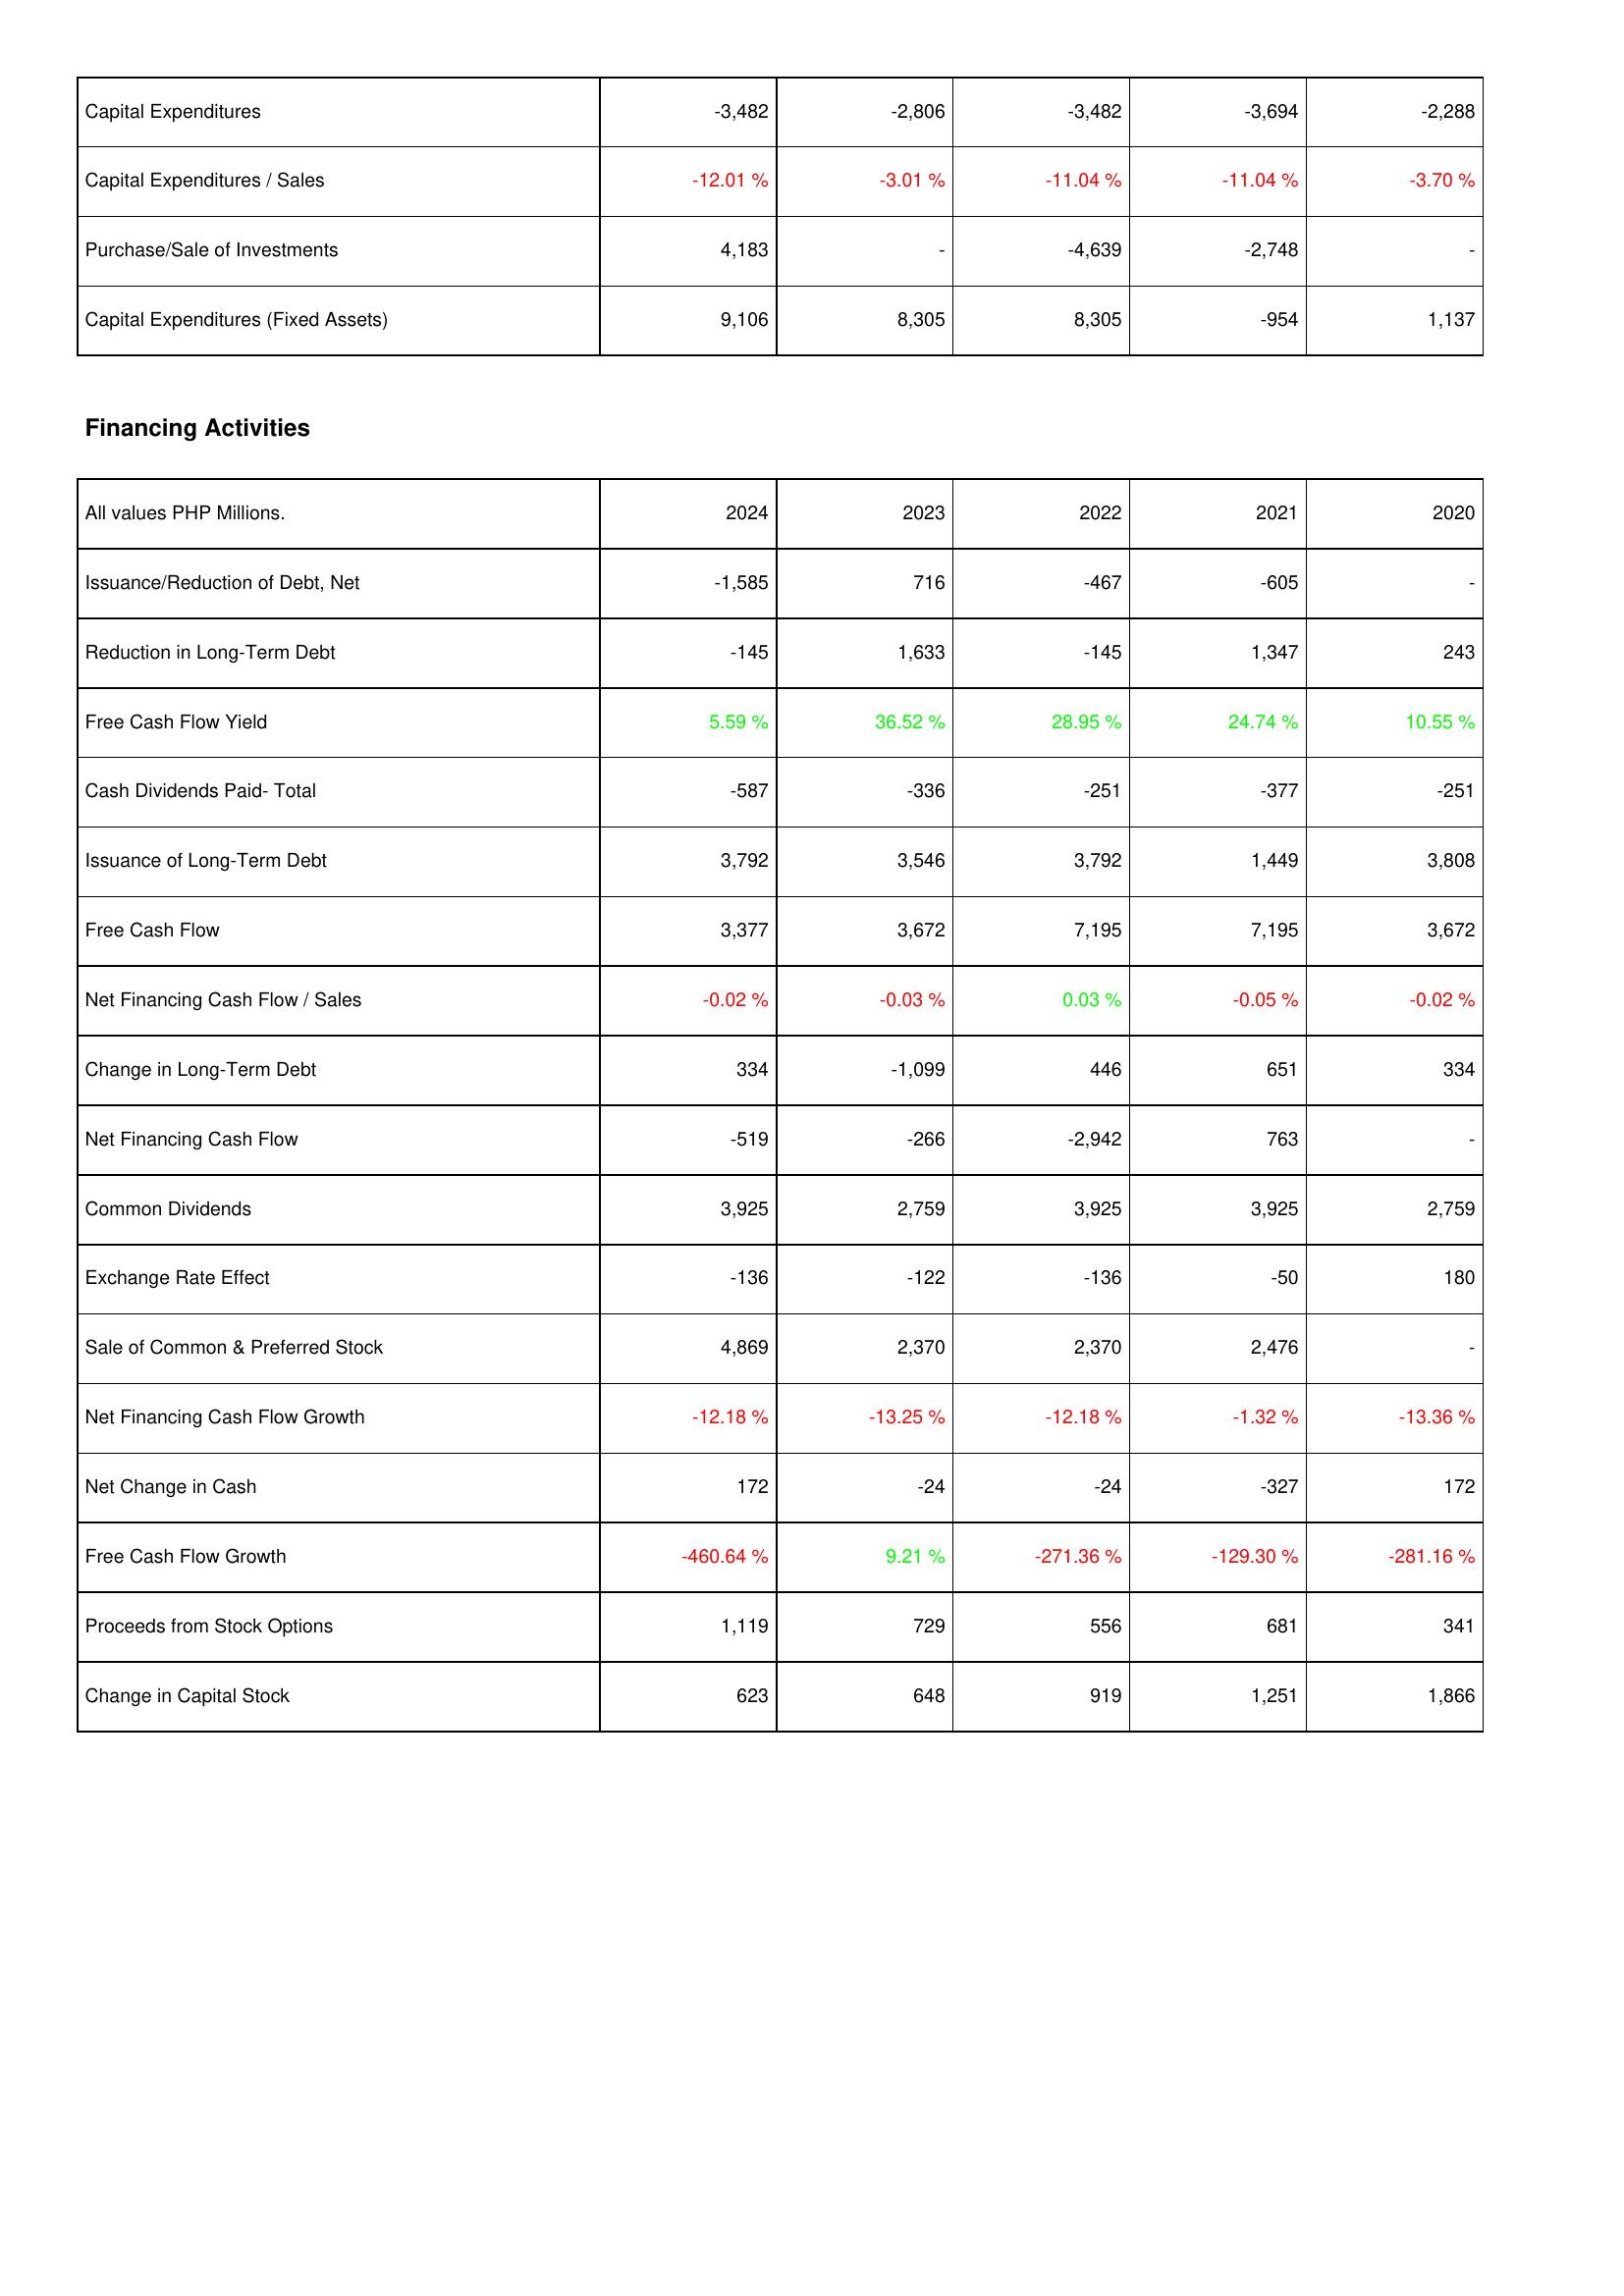
2024: Investing Activities: Capital Expenditures: -3,482
Capital Expenditures / Sales: -12.01 %
Purchase/Sale of Investments: 4,183
Capital Expenditures (Fixed Assets): 9,106
Financing Activities: Issuance/Reduction of Debt, Net: -1,585
Reduction in Long-Term Debt: -145
Free Cash Flow Yield: 5.59 %
Cash Dividends Paid- Total: -587
Issuance of Long-Term Debt: 3,792
Free Cash Flow: 3,377
Net Financing Cash Flow / Sales: -0.02 %
Change in Long-Term Debt: 334
Net Financing Cash Flow: -519
Common Dividends: 3,925
Exchange Rate Effect: -136
Sale of Common & Preferred Stock: 4,869
Net Financing Cash Flow Growth: -12.18 %
Net Change in Cash: 172
Free Cash Flow Growth: -460.64 %
Proceeds from Stock Options: 1,119
Change in Capital Stock: 623
2023: Investing Activities: Capital Expenditures: -2,806
Capital Expenditures / Sales: -3.01 %
Purchase/Sale of Investments: -
Capital Expenditures (Fixed Assets): 8,305
Financing Activities: Issuance/Reduction of Debt, Net: 716
Reduction in Long-Term Debt: 1,633
Free Cash Flow Yield: 36.52 %
Cash Dividends Paid- Total: -336
Issuance of Long-Term Debt: 3,546
Free Cash Flow: 3,672
Net Financing Cash Flow / Sales: -0.03 %
Change in Long-Term Debt: -1,099
Net Financing Cash Flow: -266
Common Dividends: 2,759
Exchange Rate Effect: -122
Sale of Common & Preferred Stock: 2,370
Net Financing Cash Flow Growth: -13.25 %
Net Change in Cash: -24
Free Cash Flow Growth: 9.21 %
Proceeds from Stock Options: 729
Change in Capital Stock: 648
2022: Investing Activities: Capital Expenditures: -3,482
Capital Expenditures / Sales: -11.04 %
Purchase/Sale of Investments: -4,639
Capital Expenditures (Fixed Assets): 8,305
Financing Activities: Issuance/Reduction of Debt, Net: -467
Reduction in Long-Term Debt: -145
Free Cash Flow Yield: 28.95 %
Cash Dividends Paid- Total: -251
Issuance of Long-Term Debt: 3,792
Free Cash Flow: 7,195
Net Financing Cash Flow / Sales: 0.03 %
Change in Long-Term Debt: 446
Net Financing Cash Flow: -2,942
Common Dividends: 3,925
Exchange Rate Effect: -136
Sale of Common & Preferred Stock: 2,370
Net Financing Cash Flow Growth: -12.18 %
Net Change in Cash: -24
Free Cash Flow Growth: -271.36 %
Proceeds from Stock Options: 556
Change in Capital Stock: 919
2021: Investing Activities: Capital Expenditures: -3,694
Capital Expenditures / Sales: -11.04 %
Purchase/Sale of Investments: -2,748
Capital Expenditures (Fixed Assets): -954
Financing Activities: Issuance/Reduction of Debt, Net: -605
Reduction in Long-Term Debt: 1,347
Free Cash Flow Yield: 24.74 %
Cash Dividends Paid- Total: -377
Issuance of Long-Term Debt: 1,449
Free Cash Flow: 7,195
Net Financing Cash Flow / Sales: -0.05 %
Change in Long-Term Debt: 651
Net Financing Cash Flow: 763
Common Dividends: 3,925
Exchange Rate Effect: -50
Sale of Common & Preferred Stock: 2,476
Net Financing Cash Flow Growth: -1.32 %
Net Change in Cash: -327
Free Cash Flow Growth: -129.30 %
Proceeds from Stock Options: 681
Change in Capital Stock: 1,251
2020: Investing Activities: Capital Expenditures: -2,288
Capital Expenditures / Sales: -3.70 %
Purchase/Sale of Investments: -
Capital Expenditures (Fixed Assets): 1,137
Financing Activities: Issuance/Reduction of Debt, Net: -
Reduction in Long-Term Debt: 243
Free Cash Flow Yield: 10.55 %
Cash Dividends Paid- Total: -251
Issuance of Long-Term Debt: 3,808
Free Cash Flow: 3,672
Net Financing Cash Flow / Sales: -0.02 %
Change in Long-Term Debt: 334
Net Financing Cash Flow: -
Common Dividends: 2,759
Exchange Rate Effect: 180
Sale of Common & Preferred Stock: -
Net Financing Cash Flow Growth: -13.36 %
Net Change in Cash: 172
Free Cash Flow Growth: -281.16 %
Proceeds from Stock Options: 341
Change in Capital Stock: 1,866